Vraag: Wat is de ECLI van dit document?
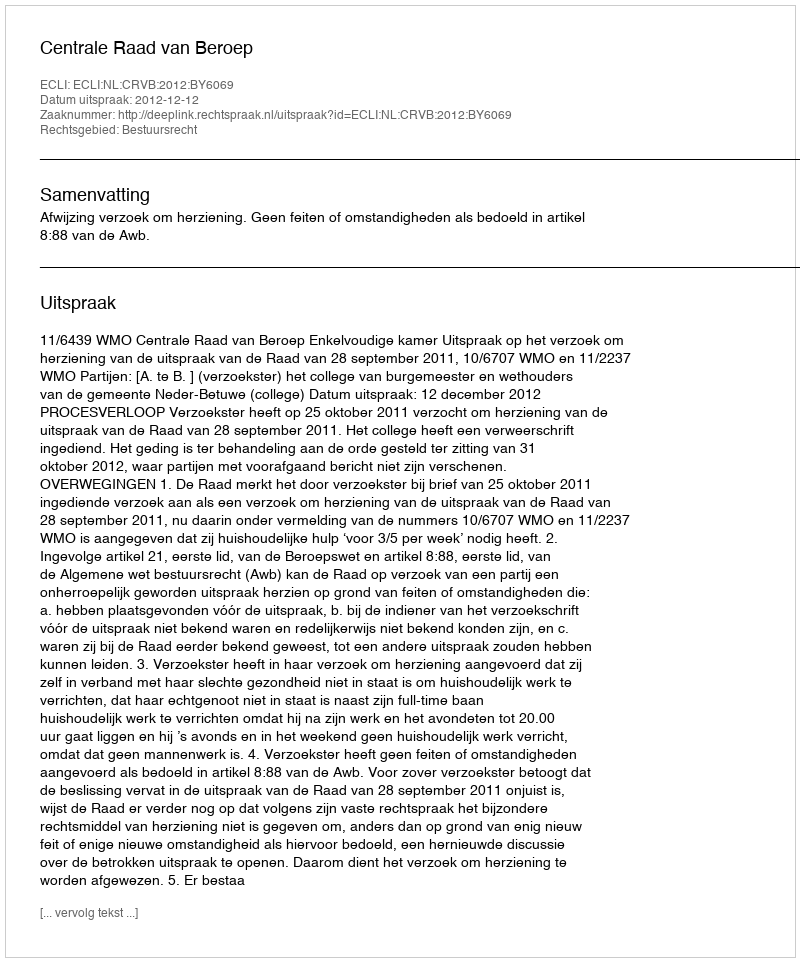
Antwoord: ECLI:NL:CRVB:2012:BY6069